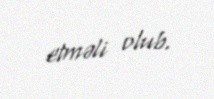
etməli olub.